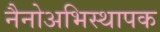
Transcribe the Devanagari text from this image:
नैनोअभिस्थापक